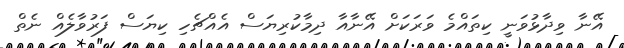
އޭނާ ވިދާޅުވަނީ ކިތައްމެ ވަރަކަށް އޭނާއާ ދިމާކުރިޔަސް އެއްޗެހި ކިޔަސް ފަރުވާލެއް ނެތް